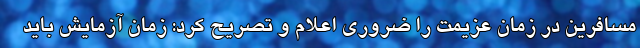
مسافرین در زمان عزیمت را ضروری اعلام و تصریح کرد: زمان آزمایش باید